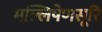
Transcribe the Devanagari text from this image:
मल्लिषेणसूरि